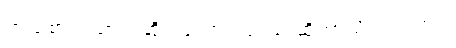
ဘယ်စားသောက်ဆိုင် ကောင်းတယ် ဆိုတာသိပါသလား။